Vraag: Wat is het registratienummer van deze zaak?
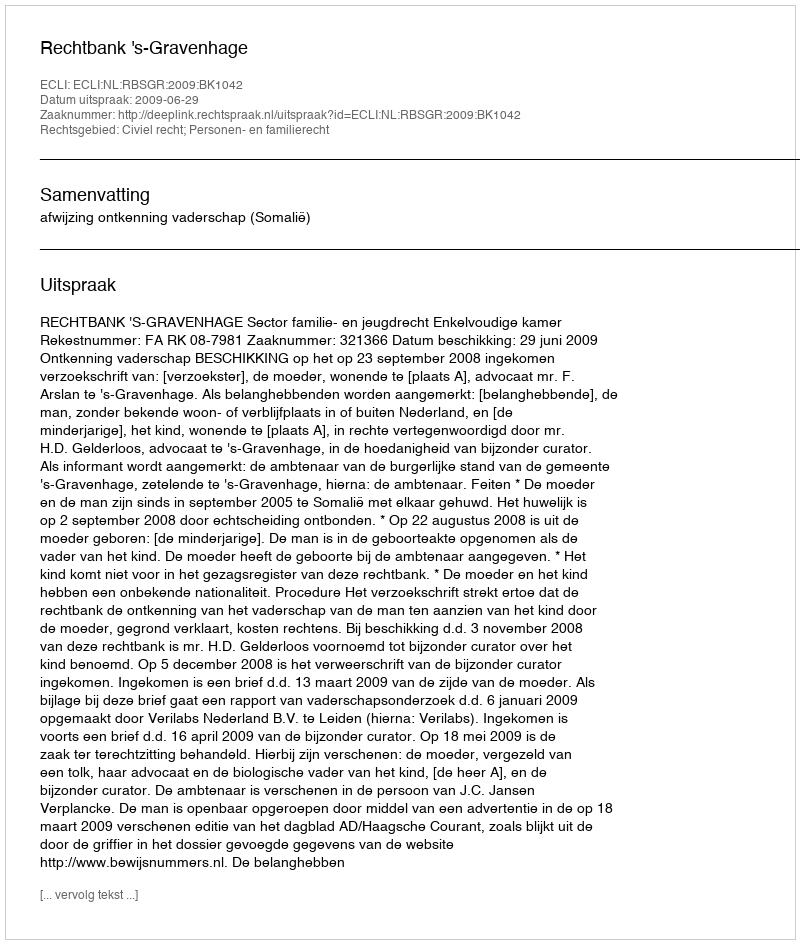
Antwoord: http://deeplink.rechtspraak.nl/uitspraak?id=ECLI:NL:RBSGR:2009:BK1042